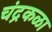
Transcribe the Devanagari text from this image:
चंद्रकळा